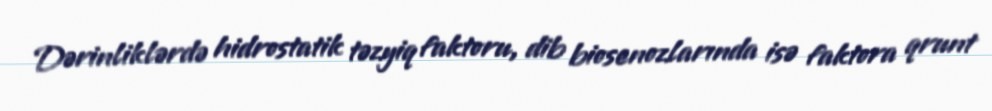
Dərinliklərdə hidrostatik təzyiq faktoru, dib biosenozlarında isə faktora qrunt